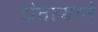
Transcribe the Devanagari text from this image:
घेतल्यानें